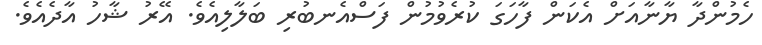
ހެމުންދާ ޔާނާއަށް އެކަން ފާހަގަ ކުރެވުމުން ފަސްއެނބުރި ބަލާލިއެވެ. އޭރު ޝާހު އާދެއެވެ.